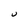
Character: U